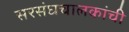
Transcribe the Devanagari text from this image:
सरसंघचालकांची